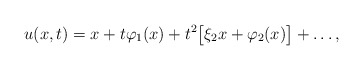
\begin{align*}u(x,t) = x + t \varphi_1(x) + t^2\big[\xi_2 x + \varphi_2(x)\big] + \dots, \end{align*}